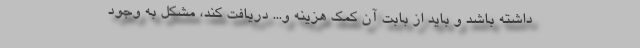
داشته باشد و باید از بابت آن کمک هزینه‌ و... دریافت کند، مشکل به وجود